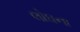
લોઘના